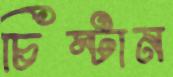
চিম্‌টান